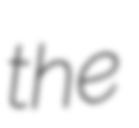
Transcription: the